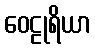
ဝေဠုရိယာ